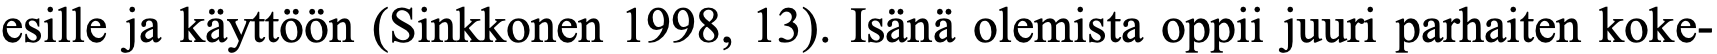
esille ja käyttöön (Sinkkonen 1998, 13). Isänä olemista oppii juuri parhaiten koke-